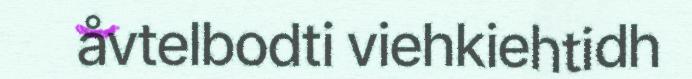
åvtelbodti viehkiehtidh